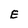
Character: E